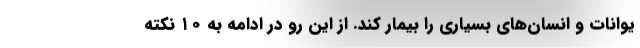
یوانات و انسان‌های بسیاری را بیمار کند. از این رو در ادامه به ۱۰ نکته